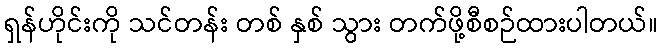
ရှန်ဟိုင်းကို သင်တန်း တစ် နှစ် သွား တက်ဖို့စီစဉ်ထားပါတယ်။